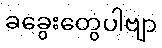
ခခွေးတွေပါဗျာ